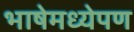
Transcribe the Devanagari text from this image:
भाषेमध्येपण